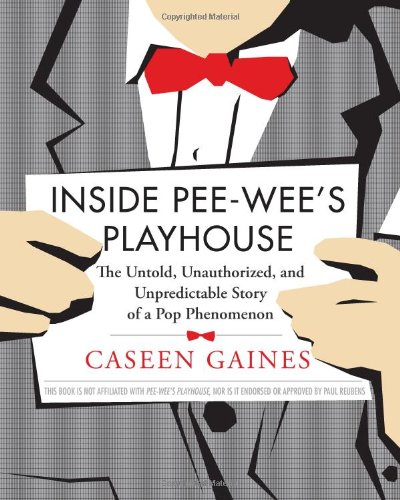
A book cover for Inside Pee-Wee's Playhouse: The Untold, Unauthorized, and Unpredictable Story of a Pop Phenomenon; Caseen Gaines; Humor & Entertainment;